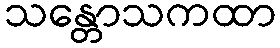
သန္တောသကထာ